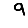
Digit: 9